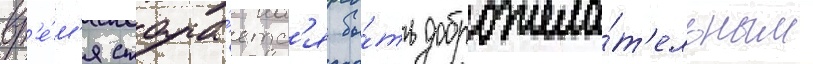
вр'е́м'я стара́етс'я бы́ть доброжела́т'ельным